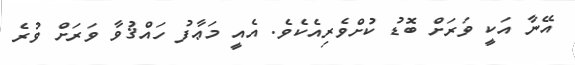
އޭނާ އަކީ ވަރަށް ބޮޑު ކުށްވެރިއެކެވެ. އެއީ މަޢާފު ހައްޤުވާ ވަރަށް ވުރެ